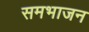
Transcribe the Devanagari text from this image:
समभाजन